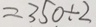
= 3 5 0 \div 2